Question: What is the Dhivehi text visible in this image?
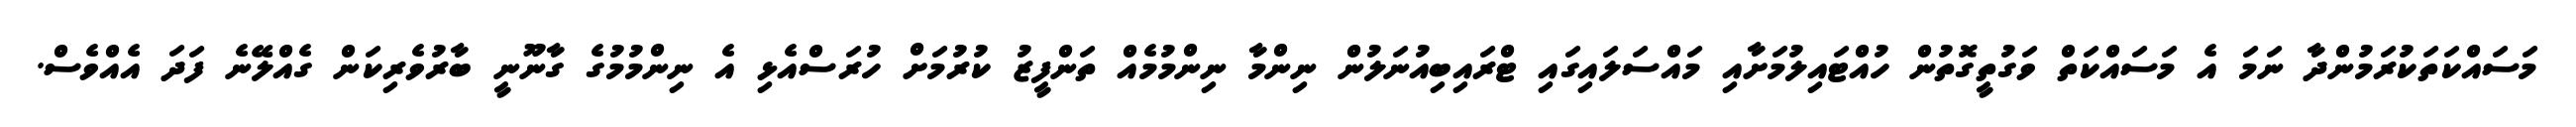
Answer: މަސައްކަތަކުރަމުންދާ ނަމަ އެ މަސައްކަތް ވަގުތީގޮތުން ހުއްޓައިލުމަށާއި މައްސަލައިގައި ޓްރައިބިއުނަލުން ނިންމާ ނިންމުމެއް ތަންފީޒު ކުރުމަށް ހުރަސްއެޅި އެ ނިންމުމުގެ ގާނޫނީ ބާރުވެރިކަން ގެއްލޭނެ ފަދަ އެއްވެސް.